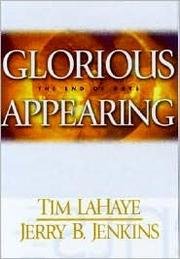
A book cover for Glorious Appearing - The End Of Days - The Final Chapter Of Those Left Behind - #12 In The Left Behind Series; Tim; Jenkins, Jerry B. Lahaye; Religion & Spirituality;